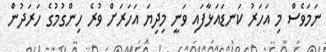
ނަމަވެސް މި އަހަރު ކަނޑައަޅާފައި ވަނީ މިދިޔަ އަހަރަށް ވުރެ ހިންގުމުގެ ހަރަދުން